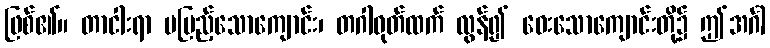
ဖြစ်၏။ တာငါးရာ မပြည့်သောကျောင်း၊ တဂါဝုတ်ထက် လွန်၍ ဝေးသောကျောင်းတို့၌ ဤအင်္ဂါ